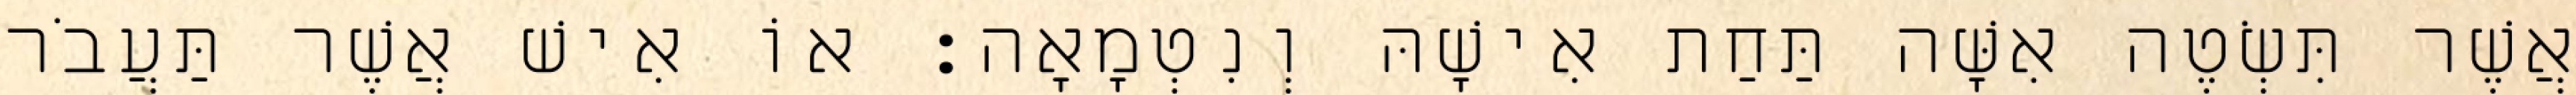
אֲשֶׁר תִּשְׂטֶה אִשָּׁה תַּחַת אִישָׁהּ וְנִטְמָאָה׃ אוֹ אִישׁ אֲשֶׁר תַּעֲבֹר